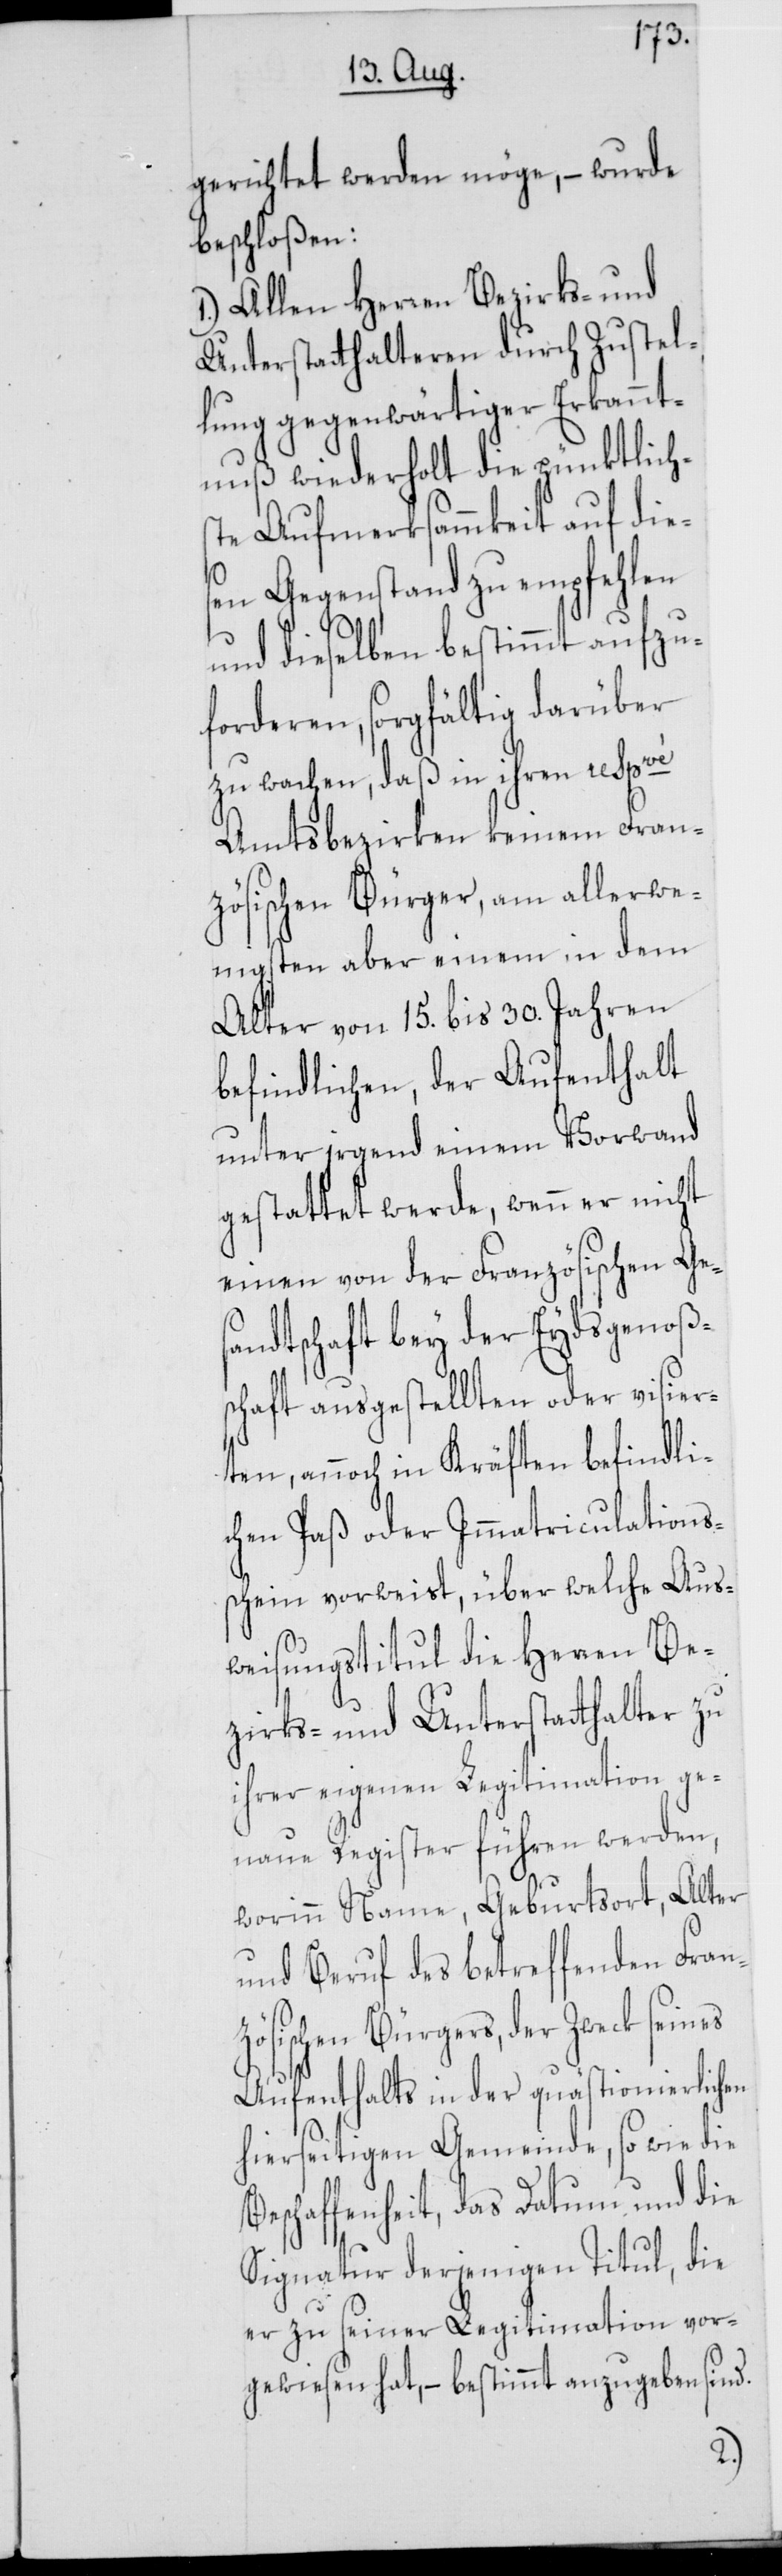
gerichtet werden möge, – wurde
beschloßen:
1.) Allen Herren Bezirks- und
Unterstatthalteren durch Zustel¬
lung gegenwärtiger Erkannt¬
nuß wiederholt die pünktlich¬
ste Aufmerksammkeit auf die¬
sen Gegenstand zu empfehlen
und dieselben bestimmt aufzu¬
forderen, sorgfältig darüber
zu wachen, daß in ihren respvé
Amtsbezirken keinem Fran¬
zösischen Bürger, am allerwe¬
nigsten aber einem in dem
Alter von 15. bis 30. Jahren
befindlichen, der Aufenthalt
unter irgend einem Vorwand
gestattet werde, wenn er nicht
einen von der Französischen Ge¬
sandtschaft bey der Eydsgenoßen¬
schaft ausgestellten oder visier¬
ten, annoch in Kräften befindli¬
chen Paß oder Immatriculations¬
schein vorweist, über welche Aus¬
weisungstitul die Herren Be¬
zirks- und Unterstatthalter zu
ihrer eigenen Legitimation ge¬
naue Register führen werden,
worinn Name, Geburstort, Alter
und Beruf des betreffenden Fran¬
zösischen Bürgers, der Zweck seines
Aufenthalts in der quästionierlichen
hierseitigen Gemeinde, so wie die
Beschaffenheit, das Datum und die
Signatur derjenigen Titul, die
er zu seiner Legitimation vor¬
gewiesen hat, – bestimmt anzugeben sind.